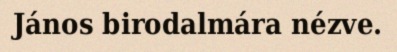
János birodalmára nézve.